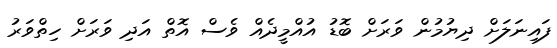
ފައިނަލަށް ދިޔުމުން ވަރަށް ބޮޑު އުއްމީދެއް ވެސް އޮތް އަދި ވަރަށް ހިތްވަރު